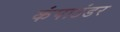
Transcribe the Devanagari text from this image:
कंपाउंडर